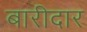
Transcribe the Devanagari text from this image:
बारीदार